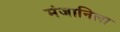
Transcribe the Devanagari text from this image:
मंजानिला